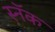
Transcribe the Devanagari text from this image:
स्नॅक